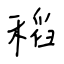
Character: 稻